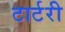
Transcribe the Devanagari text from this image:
टार्टरी